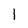
Character: 1